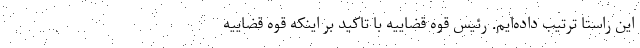
این راستا ترتیب داده‌ایم. رئیس قوه قضاییه با تاکید بر اینکه قوه قضاییه